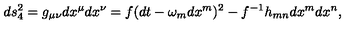
d s _ { 4 } ^ { 2 } = g _ { \mu \nu } d x ^ { \mu } d x ^ { \nu } = f ( d t - \omega _ { m } d x ^ { m } ) ^ { 2 } - f ^ { - 1 } h _ { m n } d x ^ { m } d x ^ { n } ,